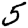
Digit: 5